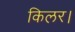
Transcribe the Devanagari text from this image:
किलर।